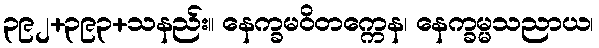
၃၉၂+၃၉၃+သနည်း။ နေက္ခမဝိတက္ကေန၊ နေက္ခမ္မသညာယ၊